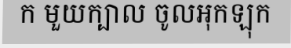
ក មួយក្បាល ចូលអុកឡុក